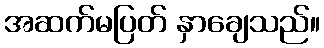
အဆက်မပြတ် နှာချေသည်။